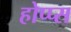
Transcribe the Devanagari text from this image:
होप्प्स